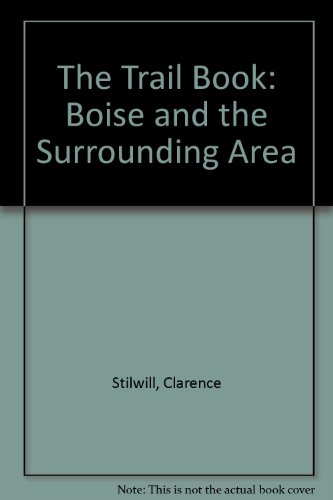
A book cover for The Trail Book: Boise and the Surrounding Area; Clarence Stilwill; Travel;